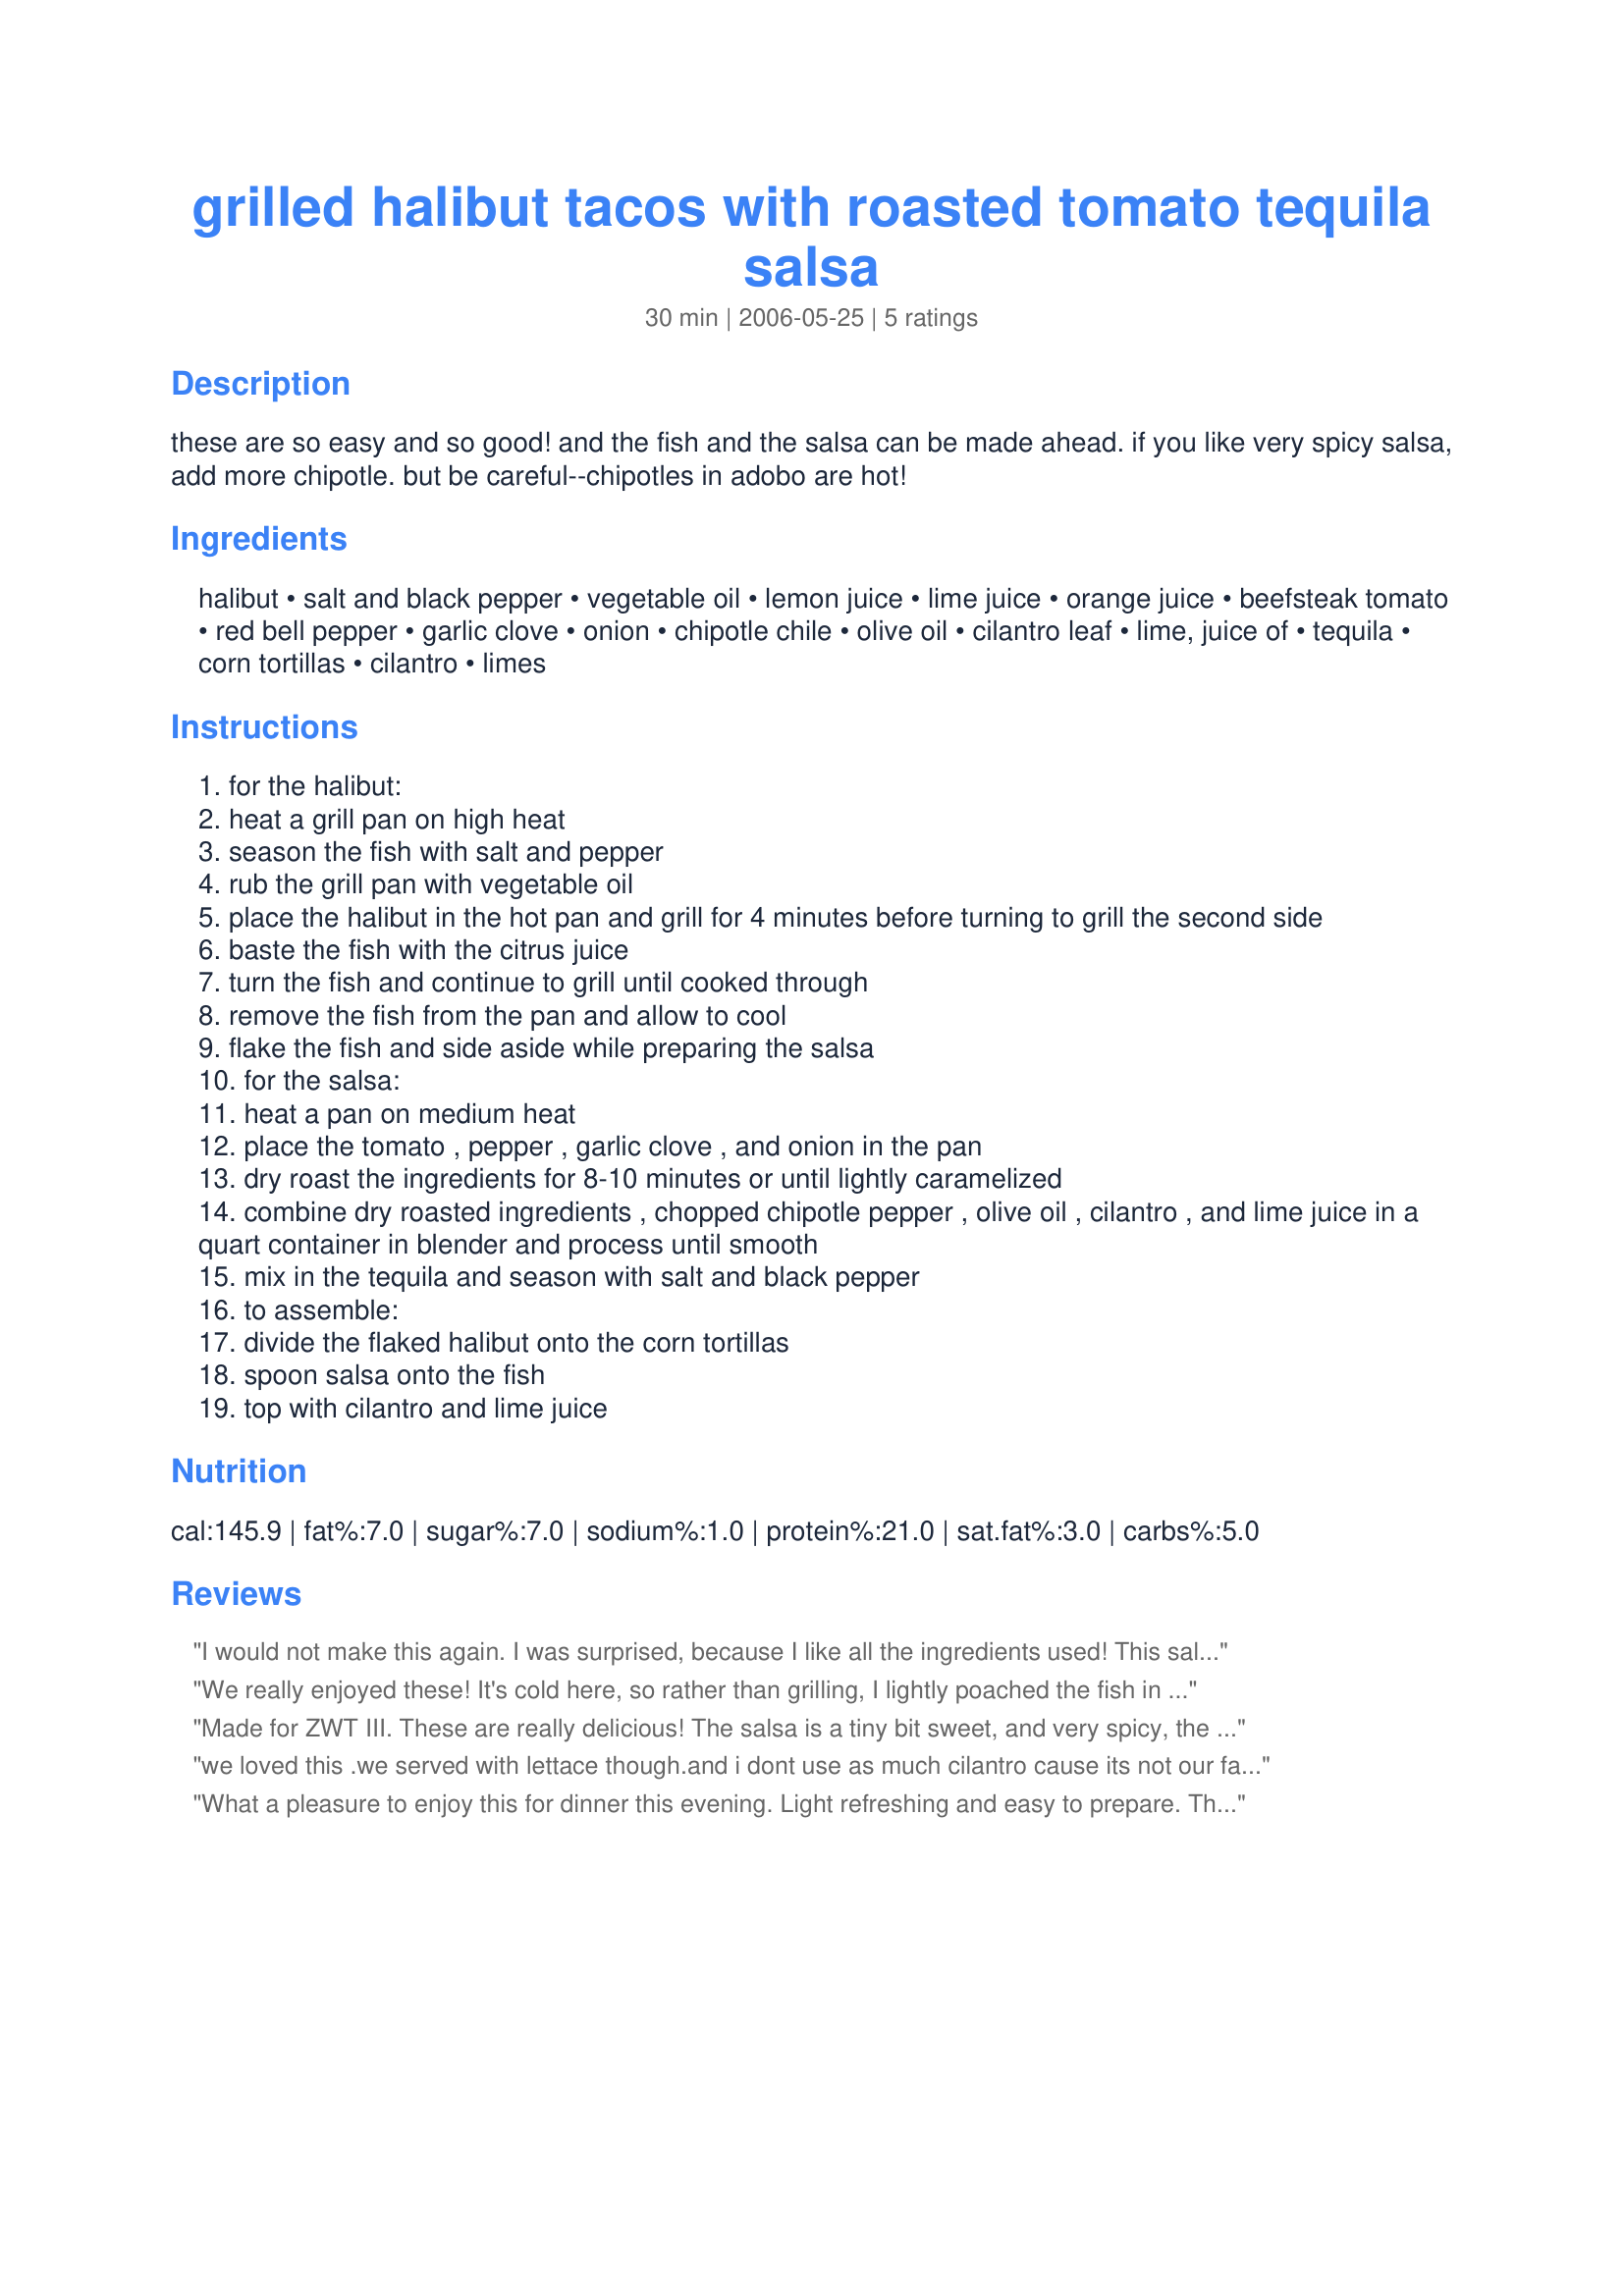
grilled halibut tacos with roasted tomato tequila salsa
Preparation time: 30 minutes

these are so easy and so good! and the fish and the salsa can be made ahead. if you like very spicy salsa, add more chipotle. but be careful--chipotles in adobo are hot!

Ingredients:
halibut, salt and black pepper, vegetable oil, lemon juice, lime juice, orange juice, beefsteak tomato, red bell pepper, garlic clove, onion, chipotle chile, olive oil, cilantro leaf, lime, juice of, tequila, corn tortillas, cilantro, limes

Steps:
for the halibut:
heat a grill pan on high heat
season the fish with salt and pepper
rub the grill pan with vegetable oil
place the halibut in the hot pan and grill for 4 minutes before turning to grill the second side
baste the fish with the citrus juice
turn the fish and continue to grill until cooked through
remove the fish from the pan and allow to cool
flake the fish and side aside while preparing the salsa
for the salsa:
heat a pan on medium heat
place the tomato , pepper , garlic clove , and onion in the pan
dry roast the ingredients for 8-10 minutes or until lightly caramelized
combine dry roasted ingredients , chopped chipotle pepper , olive oil , cilantro , and lime juice in a quart container in blender and process until smooth
mix in the tequila and season with salt and black pepper
to assemble:
divide the flaked halibut onto the corn tortillas
spoon salsa onto the fish
top with cilantro and lime juice

Reviews:
I would not make this again. I was surprised, because I like all the ingredients used! This salsa was not liked by any of my family, unfortunately. The tequila is too strong, and the salsa was very watery. The fish was bland. Adding more spice to the fish might help things a bit, but the tequila in the salsa overpowers everything else you could put in the tacos. Sorry, but this recipe wasn't for us.
We really enjoyed these! It's cold here, so rather than grilling, I lightly poached the fish in the lemon, lime and orange juices. The fish came out soft and really flavourful which worked well with the fantastic salsa! Great recipe. Thanks Chef Kate!
Made for ZWT III. These are really delicious! The salsa is a tiny bit sweet, and very spicy, the fish is tangy and tender, and when you wrap it up into a tortilla with cilantro, well, it's just perfect!

The only little change I made was that I couldn't find any really good looking halibut, so I went with grouper, which is my favorite fish anyway, so that worked out. :)

Thanks for a great taco!
we loved this .we served with lettace though.and i dont use as much cilantro cause its not our fav. thing good stuff thanks for posting dee

What a pleasure to enjoy this for dinner this evening. Light refreshing and easy to prepare. The pan roasting intensified the flavor of the veggies and made this quite unique. My one change was to roughly chop the salsa -- rather easy to do as the veggies were quite soft from the pan roasting. This gave me a rustic and chuncky salsa. For me, the flavors of the chipotle and tequilla were a bit too strong and over shadowed the the other more subtle and delicate citrus in the fish and natural sweetness of the roasted vegetables. Thanks Kate, a definite keeper.
